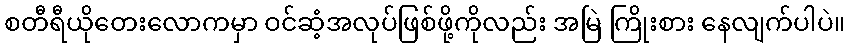
စတီရီယိုတေးလောကမှာ ဝင်ဆံ့အလုပ်ဖြစ်ဖို့ကိုလည်း အမြဲ ကြိုးစား နေလျက်ပါပဲ။